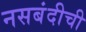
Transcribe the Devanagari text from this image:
नसबंदीची